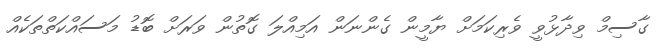
ގާސިމް ވިދާޅުވީ ވެރިކަމަށް ޔާމީން ގެންނަން އަމިއްލަ ގޮތުން ވަރަށް ބޮޑު މަސައްކަތްތަކެއް